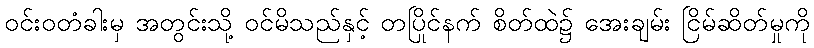
ဝင်းဝတံခါးမှ အတွင်းသို့ ဝင်မိသည်နှင့် တပြိုင်နက် စိတ်ထဲ၌ အေးချမ်း ငြိမ်ဆိတ်မှုကို